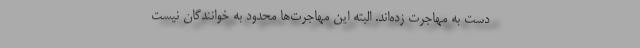
دست به مهاجرت زده‌اند. البته این مهاجرت‌ها محدود به خوانندگان نیست